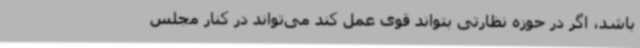
باشد، اگر در حوزه نظارتی بتواند قوی عمل کند می‌تواند در کنار مجلس